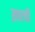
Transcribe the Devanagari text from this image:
ख़रची